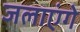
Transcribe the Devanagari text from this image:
जलाएंगे